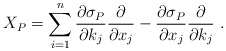
\begin{align*}X_P=\sum_{i=1}^n\frac{\partial \sigma_P}{\partial {k}_j}\frac{\partial}{\partial x_j}-\frac{\partial \sigma_P}{\partial x_j}\frac{\partial}{\partial {k}_j} \ .\end{align*}